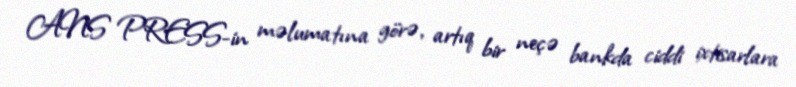
ANS PRESS-in məlumatına görə, artıq bir neçə bankda ciddi ixtisarlara